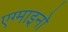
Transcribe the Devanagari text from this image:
एग्माइनो